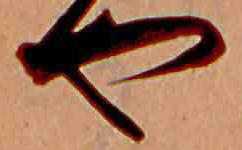
や